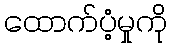
ထောက်ပံ့မှုကို